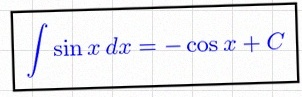
\int \sin x\,dx=-\cos x+C